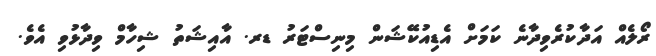
ރޯލެއް އަދާކުރެވިދާނެ ކަމަށް އެޑިއުކޭޝަން މިނިސްޓަރު ޑރ. އާއިޝަތު ޝިހާމް ވިދާޅުވި އެވެ.